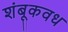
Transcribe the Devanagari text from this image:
शंबूकवध